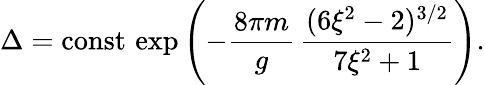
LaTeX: \Delta=\mathrm{const}\, \exp\left(-\frac{8\pi m}{g}\, \frac{(6\xi^{2}-2)^{3/2}}{7\xi^{2}+1}\right).